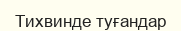
Тихвинде туғандар